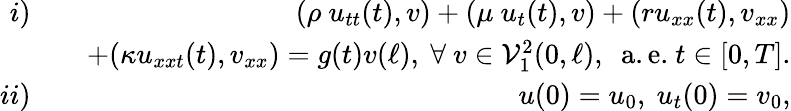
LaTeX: \begin{array}{rlr}{i)}&{}&{\ \ (\rho\ u_{tt}(t),v)+(\mu\ u_{t}(t),v)+(ru_{xx}(t),v_{xx})}\\ &{}&{+(\kappa u_{xxt}(t),v_{xx})=g(t)v(\ell),\ \forall\ v\in\mathcal{V}_{1}^{2}(0,\ell),\ \ \mathrm{a.e.}\ t\in[0,T].}\\ {ii)}&{}&{\ \ u(0)=u_{0},\ u_{t}(0)=v_{0},}\end{array}